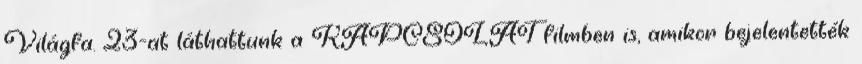
Világfa. 23-at láthattunk a KAPCSOLAT filmben is, amikor bejelentették